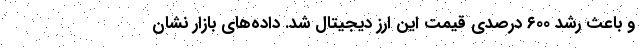
و باعث رشد ۶۰۰ درصدی قیمت این ارز دیجیتال شد. داده‌های بازار نشان